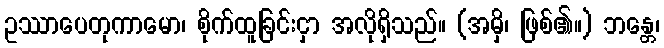
ဥဿာပေတုကာမော၊ စိုက်ထူခြင်းငှာ အလိုရှိသည်။ (အမှိ၊ ဖြစ်၏။) ဘန္တေ၊